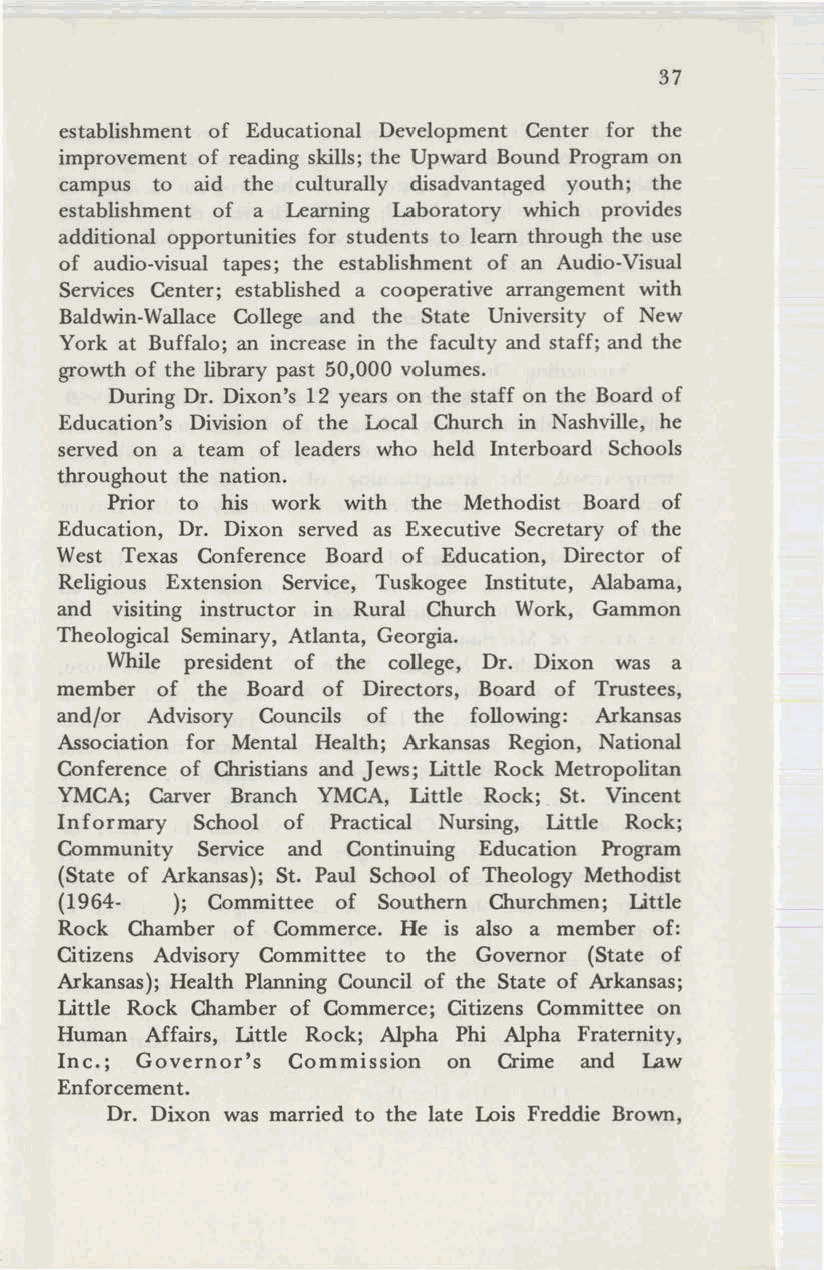
37
 establishment of Educational Development Center for the
 improvement of reading skills; the Upward Bound Program on
 campus to aid the culturally disadvantaged youth; the
 establishment of a Learning Laboratory which provides
 additional opportunities for students to learn through the use
 of audio-visual tapes; the establishment of an Audio-Visual
 Services Center; established a cooperative arrangement with
 Baldwin-Wallace College and the State University of New
 York at Buffalo; an increase in the faculty and staff; and the
 growth of the library past 50,000 volumes.
 During Dr. Dixon's 12 years on the staff on the Board of
 Education's Division of the Local Church in Nashville, he
 served on a team of leaders who held Interboard Schools
 throughout the nation.
 Prior to his work with the Methodist Board of
 Education, Dr. Dixon served as Executive Secretary of the
 West Texas Conference Board of Education, Director of
 Religious Extension Service, Tuskogee Institute, Alabama,
 and visiting instructor in Rural Church Work, Gammon
 Theological Seminary, Atlanta, Georgia.
 While president of the college, Dr. Dixon was a
 member of the Board of Directors, Board of Trustees,
 and/or Advisory Councils of the following: Arkansas
 Association for Mental Health; Arkansas Region, National
 Conference of Christians and Jews; Little Rock Metropolitan
 YMCA; Carver Branch YMCA, Little Rock; St. Vincent
 Informary School of Practical Nursing, Little Rock;
 Community Service and Continuing Education Program
 (State of Arkansas); St. Paul School of Theology Methodist
 (1964-  ); Committee of Southern Churchmen; Little
 Rock Chamber of Commerce. He is also a member of:
 Citizens Advisory Committee to the Governor (State of
 Arkansas); Health Planning Council of the State of Arkansas;
 Little Rock Chamber of Commerce; Citizens Committee on
 Human Affairs, Little Rock; Alpha Phi Alpha Fraternity,
 Inc.j Governor's Commission on Crime and Law
 Enforcement.
 Dr. Dixon was married to the late Lois Freddie Brown,